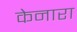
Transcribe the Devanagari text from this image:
केनारा